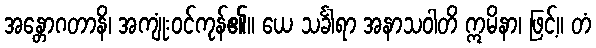
အန္တောဂတာနိ၊ အကျုံးဝင်ကုန်၏။ ယေ သင်္ခါရာ အနာသဝါတိ ဣမိနာ၊ ဖြင့်။ တံ